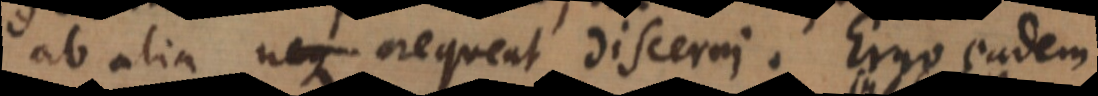
ab alia nequeat discerni. Ergo eadem